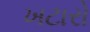
ખટારો